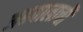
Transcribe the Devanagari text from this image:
अहवालाची